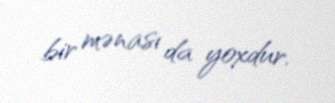
bir mənası da yoxdur.